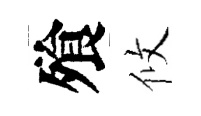
飱攸